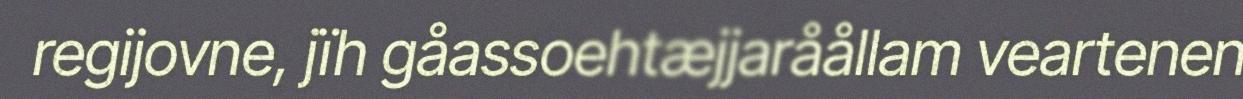
regijovne, jïh gåassoehtæjjaråållam veartenen